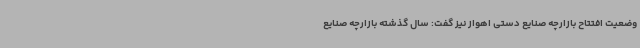
وضعیت افتتاح بازارچه صنایع دستی اهواز نیز گفت: سال گذشته بازارچه صنایع